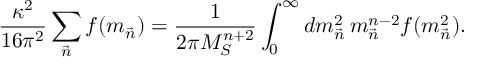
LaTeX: { \frac { \kappa ^ { 2 } } { 1 6 \pi ^ { 2 } } } \sum _ { \vec { n } } f ( m _ { \vec { n } } ) = { \frac { 1 } { 2 \pi M _ { S } ^ { n + 2 } } } \int _ { 0 } ^ { \infty } d m _ { \vec { n } } ^ { 2 } \, m _ { \vec { n } } ^ { n - 2 } f ( m _ { \vec { n } } ^ { 2 } ) .